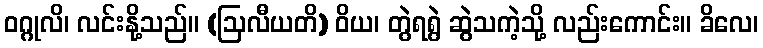
ဝဂ္ဂုလိ၊ လင်းနို့သည်။ (ဩလီယတိ) ဝိယ၊ တွဲရရွဲ ဆွဲသကဲ့သို့ လည်းကောင်း။ ခိလေ၊